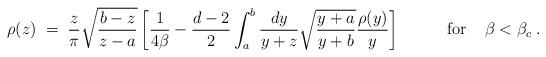
LaTeX: \begin{align*}\rho(z) \;=\; {z\over \pi}\sqrt{b-z\over z-a}\left[{1\over 4\beta} - {d-2\over 2}\int_a^b{d y\over y+z}\sqrt{y+a\over y+b}{\rho(y)\over y}\right]\;\;\;\;\;\;\;\;\;\;{\rm for}\;\;\;\; \beta < \beta_c\;.\end{align*}